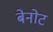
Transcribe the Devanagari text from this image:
बेनोट